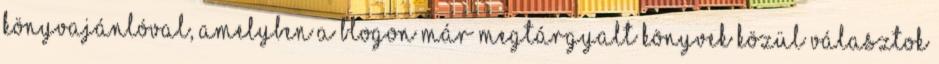
könyvajánlóval, amelyben a blogon már megtárgyalt könyvek közül választok